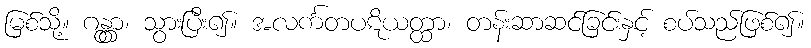
မြစ်သို့။ ဂန္တွာ၊ သွားပြီး၍။ အလင်္ကတပဋိယတ္ထာ၊ တန်းဆာဆင်ခြင်းနှင့် စပ်သည်ဖြစ်၍။